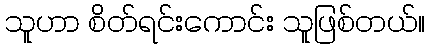
သူဟာ စိတ်ရင်းကောင်း သူဖြစ်တယ်။